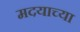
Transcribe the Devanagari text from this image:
मदयाच्या